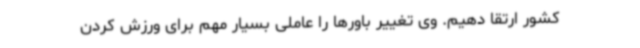
کشور ارتقا دهیم. وی تغییر باورها را عاملی بسیار مهم برای ورزش کردن